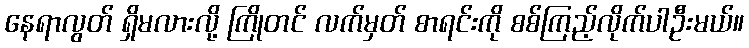
နေရာလွတ် ရှိမလားလို့ ကြိုတင် လက်မှတ် စာရင်းကို စစ်ကြည့်လိုက်ပါဦးမယ်။